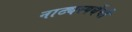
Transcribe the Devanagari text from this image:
नाट्यस्पर्धेची